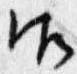
御